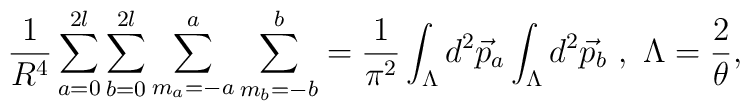
\frac{1}{R^4} \sum_{a=0}^{2l} \sum_{b=0}^{2l} \sum_{m_a = -a}^{a}\sum_{m_b = -b}^{b} = \frac{1}{ {\pi}^2} \int_{\Lambda} d^2\vec{p}_a \int_{\Lambda} d^2\vec{p}_b~,~{\Lambda}=\frac{2}{\theta},